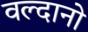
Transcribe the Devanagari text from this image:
वल्दानो